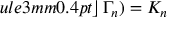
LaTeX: ule { 3 mm } { 0.4 pt } \! \! \left. \right\rfloor \Gamma _ { n } ) = K _ { n }